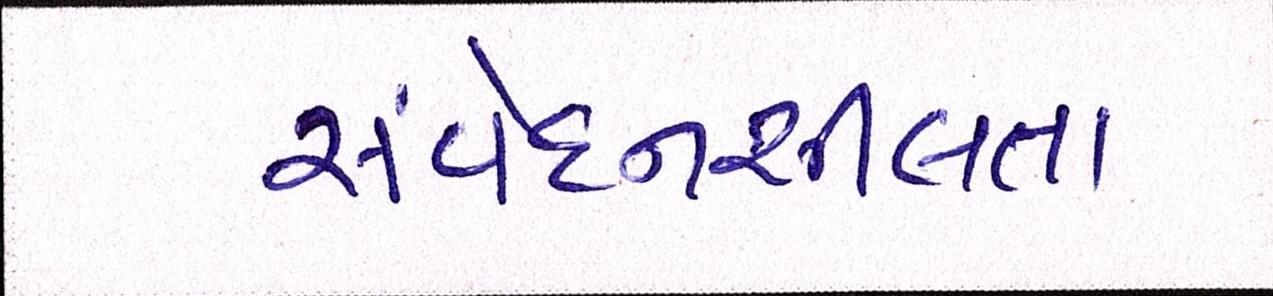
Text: સંવેદનશીલતા